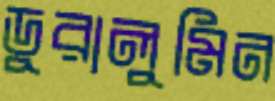
ডুরালুমিন